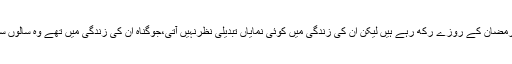
‘‘ مگر کتنے مسلمان ہیں جوپچاس اور ساٹھ سال سے رمضان کے روزے رکھ رہے ہیں لیکن ان کی زندگی میں کوئی نمایاں تبدیلی نظرنہیں آتی،جوگناہ ان کی زندگی میں تھے وہ سالوں سال روزے رکھنے کے باوجود بھی جوں کے توں ہیں۔